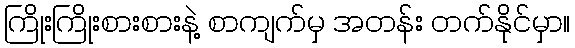
ကြိုးကြိုးစားစားနဲ့ စာကျက်မှ အတန်း တက်နိုင်မှာ။